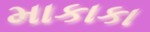
માકાકા